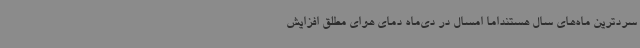
سردترین ماه‌های سال هستنداما امسال در دی‌ماه دمای هوای مطلق افزایش